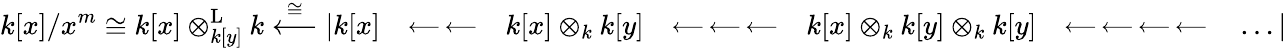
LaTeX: k[x]/x^{m}\cong k[x]\otimes_{k[y]}^{\mathrm{L}}k\stackrel{\cong}{\longleftarrow}|k[x]\quad\substack{\longleftarrow\, \longleftarrow}\quad k[x]\otimes_{k}k[y]\quad\substack{\longleftarrow\, \longleftarrow\, \longleftarrow}\quad k[x]\otimes_{k}k[y]\otimes_{k}k[y]\quad\substack{\longleftarrow\, \longleftarrow\, \longleftarrow\, \longleftarrow}\quad\ldots|